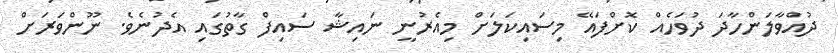
ދުއްވާލަންހާދަ ދުވަހެއް ކޮށްފައޭ މިސައިކަލަށް މިއެރުނީ ނައިޝާ ސައިފް ގާތުގައި އެދުނެވެ. ނޫންވަރަށް